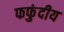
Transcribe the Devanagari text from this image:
फफुंदीय